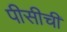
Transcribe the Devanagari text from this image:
पीसीची